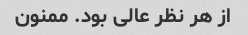
از هر نظر عالی بود. ممنون